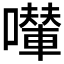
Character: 𱕗